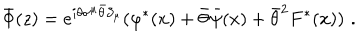
\bar { \Phi } ( z ) = e ^ { i \theta \sigma ^ { \mu } \bar { \theta } \partial _ { \mu } } ( \varphi ^ { * } ( x ) + \bar { \theta } \bar { \psi } ( x ) + \bar { \theta } ^ { 2 } F ^ { * } ( x ) ) \, \, .